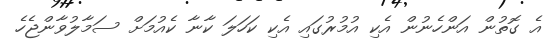
އެ ގޮތުން އަންހެނުން އެކި އުމުރުގައި އެކި ކަހަލަ ކާނާ ކެއުމަށް ސަމާލުވާންޖެހެ